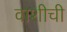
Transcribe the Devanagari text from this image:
वाशीची